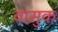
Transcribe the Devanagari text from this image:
वासुक